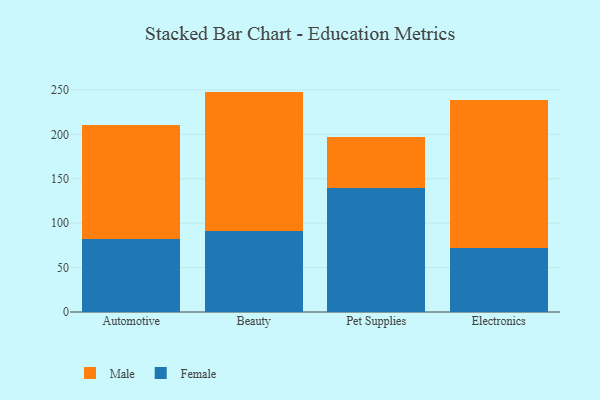
{"axis": {"x": "Category", "y": "Tickets Resolved"}, "legend": ["Female", "Male"], "data": [{"x": "Automotive", "y": 82.5, "type": "Female"}, {"x": "Automotive", "y": 128.0, "type": "Male"}, {"x": "Beauty", "y": 90.8, "type": "Female"}, {"x": "Beauty", "y": 157.3, "type": "Male"}, {"x": "Pet Supplies", "y": 139.6, "type": "Female"}, {"x": "Pet Supplies", "y": 57.8, "type": "Male"}, {"x": "Electronics", "y": 72.2, "type": "Female"}, {"x": "Electronics", "y": 166.1, "type": "Male"}]}